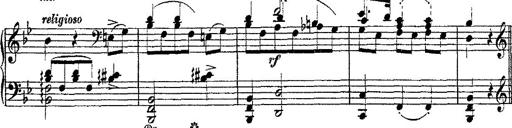
Title: Fantaisie romantique sur deux mÃ©lodies suisses
Composer: Franz Liszt